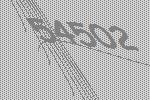
54502